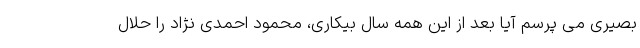
بصیری می پرسم آیا بعد از این همه سال بیکاری، محمود احمدی نژاد را حلال